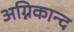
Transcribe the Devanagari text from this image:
अग्निकान्द